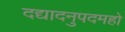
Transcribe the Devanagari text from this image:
दद्यादनुपदमहो